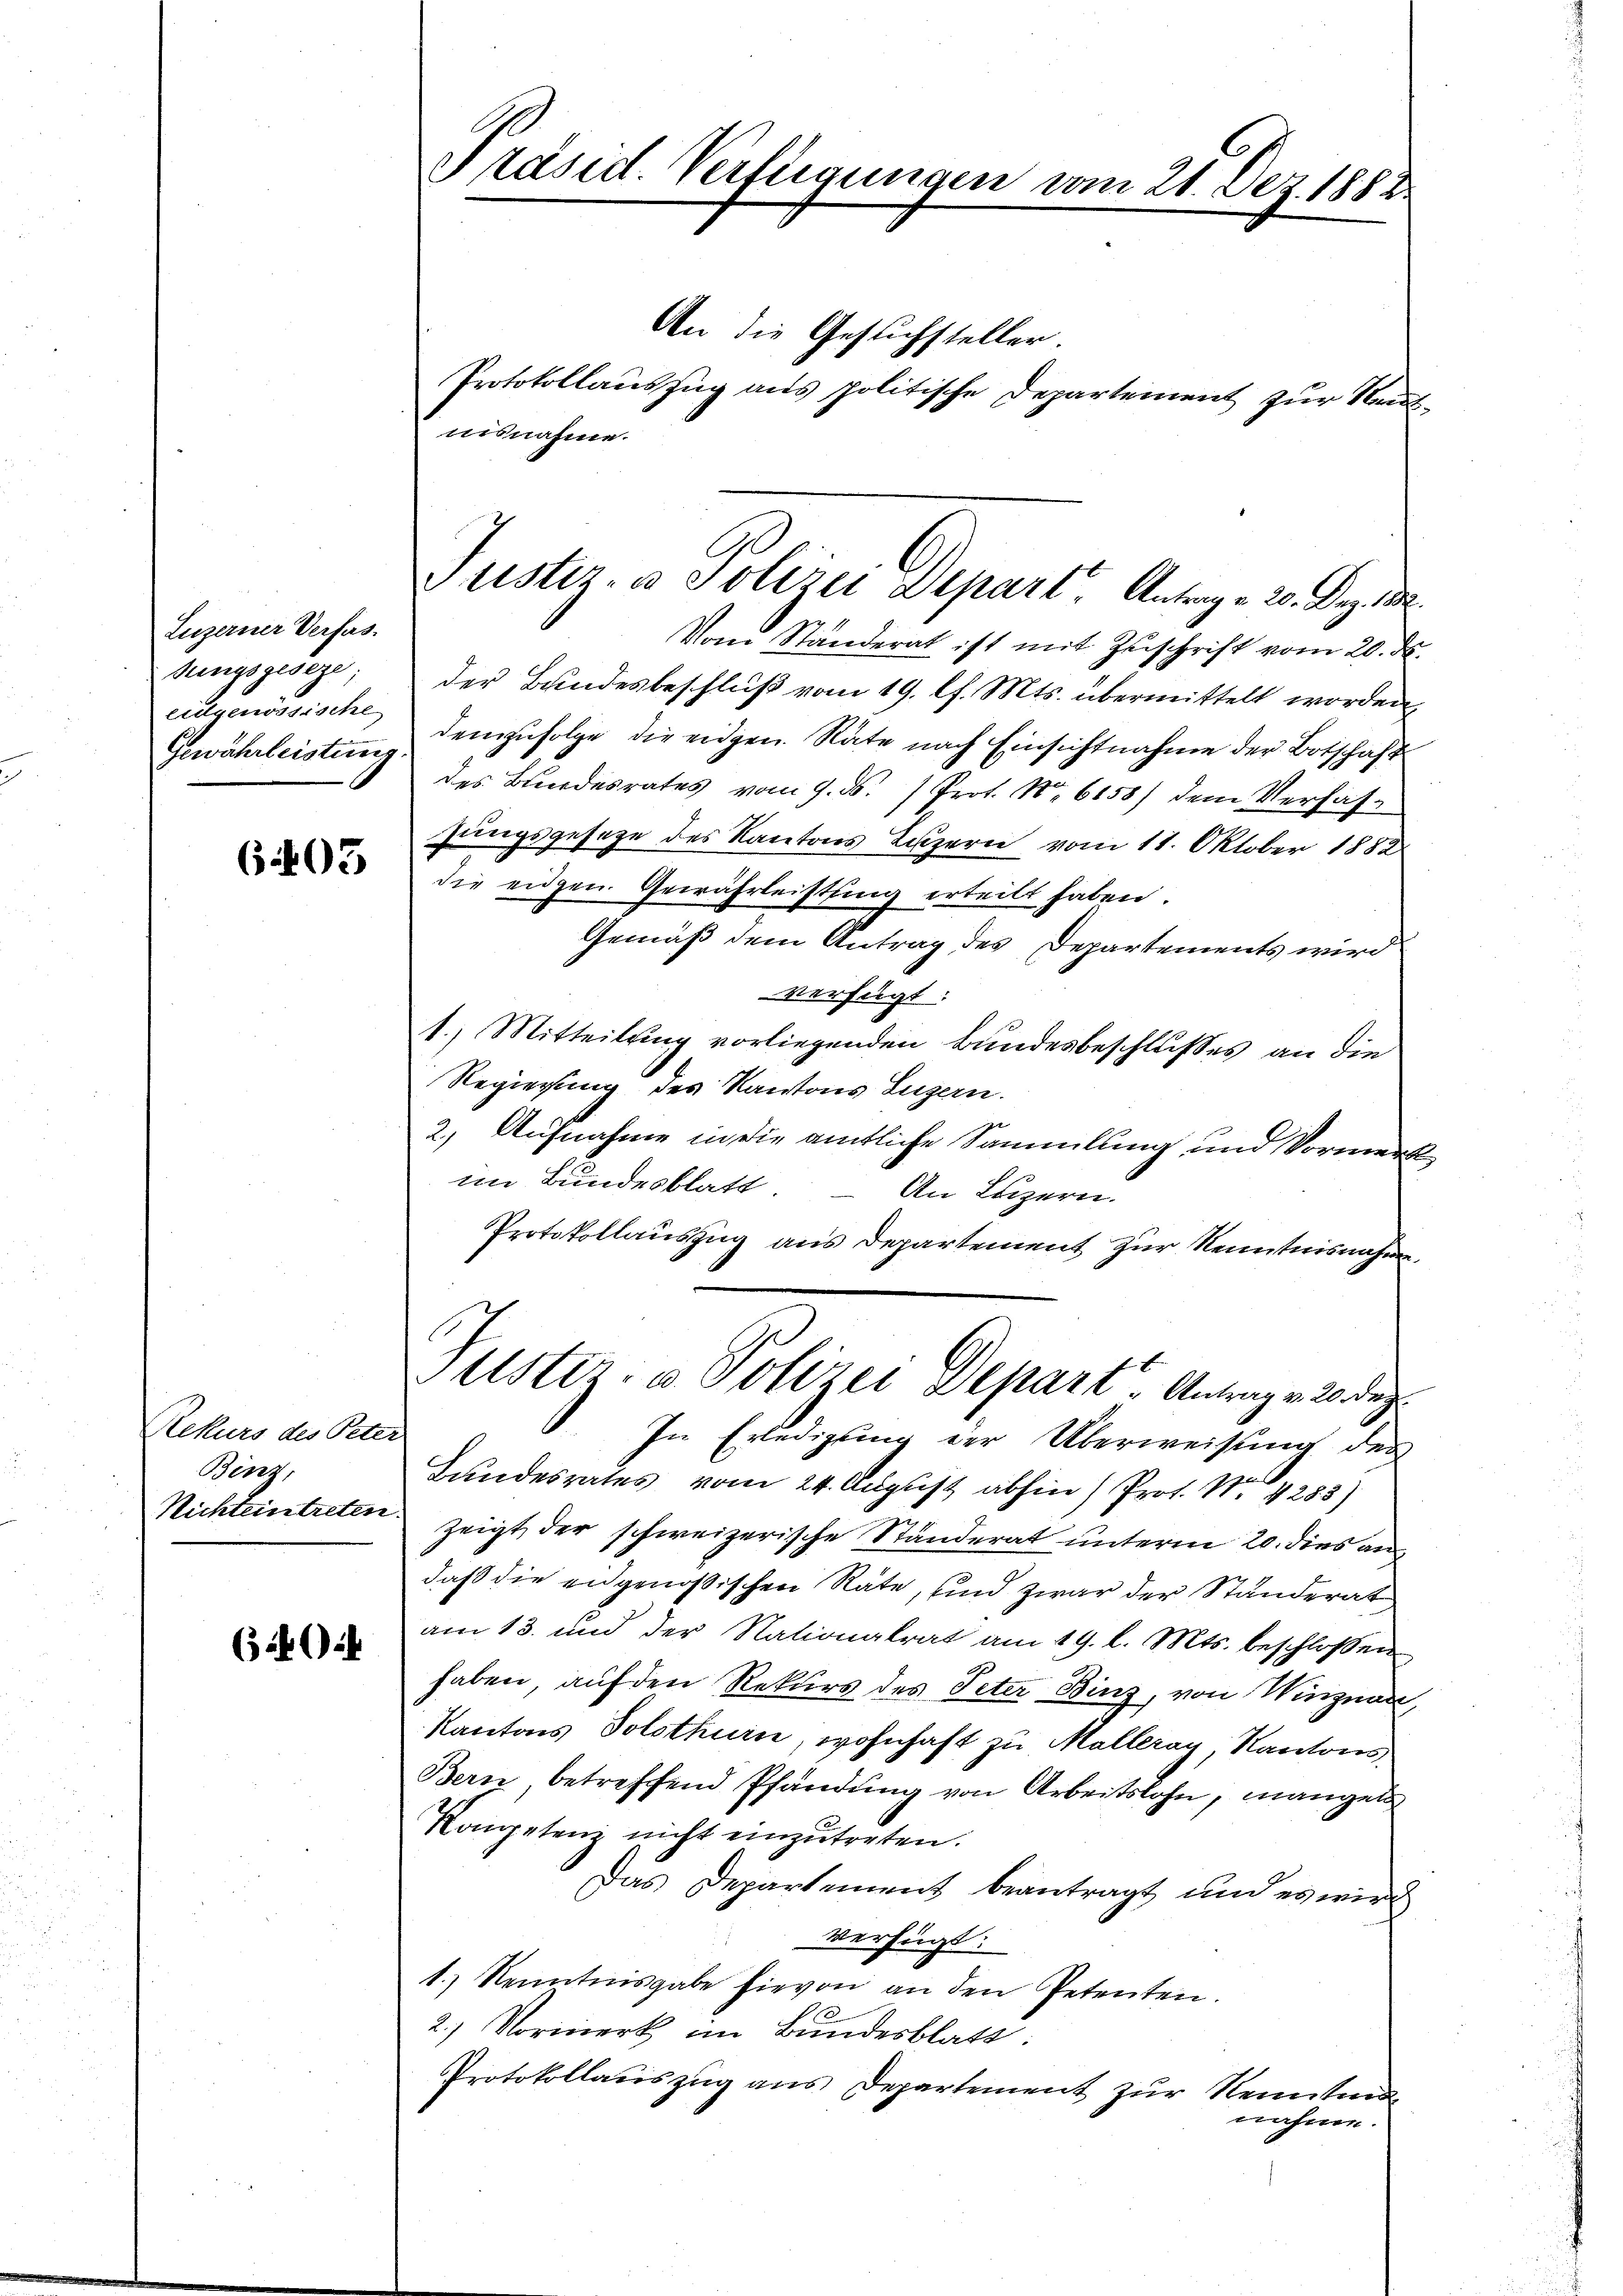
Luzerner Verfas
tungsgeseze;
eidgenössische

6403

Rekurs des Peter
Binz,

3 f 4

Präsid. Verfügungen vom 21. Dez. 1882.

An die Gesuchsteller.

Justiz- & Polizei Depart, Antrag v. 20. Dez. 182.

Protokollauszug aus politische Departement zur Reutnisnahme.
Vom Ständerat ist mit Zuschrift vom 20. ds.
der Bundesbeschluß vom 19. l. Mts. übermittelt worden
Gewährleisten demzufolge die eidgen. Rate nach Einsichtnahme der Botschaft
des Bundesrates vom 9. ds. Prot. No 6158) dem Verhafzungsgesetze des Kantons Luzern vom 11. Oktober 1882
die eidgen. Gewährleistung erteilt haben.
Gemäß dem Antrag des Departements wird
verfügt:
1.) Mitteilung vorliegenden Bundesbeschlußes an die
Regierung des Kantons Luzern.
2, Aufnahme in die amtliche Sammlung und Vormerk
im Bundesblatt.
An Luzern.
Protokollauszug aus Departement zur Kenntnisnahme,
Puster- u Polizei Depart. Antrag v. 20. dez.
In Erledigung der Überweisung des
2
Bundesrates vom 24. August abhin Prof. N. 4283)
Nichteintreten zeigt der schweizerische Ständerat unterm 20. dies andaß die eidgenößischen Räte, sind zwar der Standerat
am 13. und der Nationalrat am 19. l. Mts. beschlossen
haben, auf den Rekurs des Peter Binz, von Winznau,
Kantons Solothurn, wohnhaft zu Malleray, Kantons
Bern, betreffend Pfändung von Arbeitslohn, mangels
Kompetenz nicht einzutreten.
Das Departement beantragt und es wird
verfügt:
1.) Kenntnisgabe hievon an den Petenten.
1
2.) Vormerk im Bundesblatt.
Protokollauszug aus Departement zur Rentend
nähme.